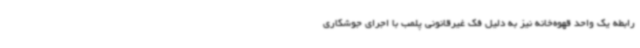
رابطه یک واحد قهوه‌خانه نیز به دلیل فک غیرقانونی پلمب با اجرای جوشکاری